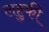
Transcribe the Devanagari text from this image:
लहुकी